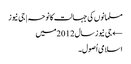
مسلمانوں کی جہالت کا نوحہ | جی نیوز
← جی نیوز سال 2012میں
اسلامی اُصول۔